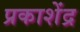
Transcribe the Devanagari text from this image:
प्रकाशेंद्र